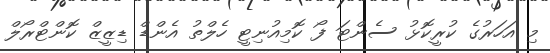
މި އަހަރުގެ ކުރީކޮޅު ސެންޓަ ފޯ ކޮމިއުނިޓީ ހެލްތު އެންޑް ޑިޒީޒް ކޮންޓްރޯލް